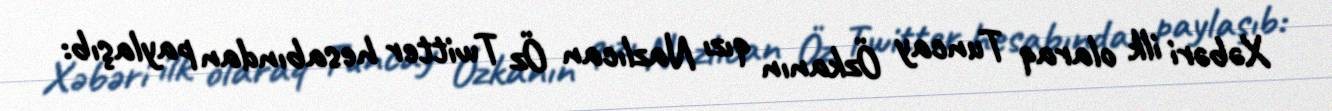
Xəbəri ilk olaraq Tuncay Özkanın qızı Nazlıcan Öz Twitter hesabından paylaşıb: